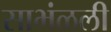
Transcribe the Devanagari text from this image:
साभंळली